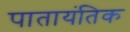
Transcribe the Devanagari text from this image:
पातायंतिक